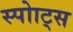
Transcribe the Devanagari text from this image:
स्पोाट्स